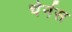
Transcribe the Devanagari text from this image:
चेर्नस